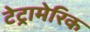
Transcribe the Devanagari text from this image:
टेट्रामेरिक